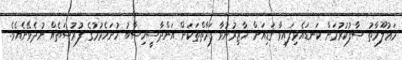
މަޢުލޫމާތު ސާފުކުރުމަށް ކަނޑައެޅިފައިވާ ގަޑިއަށް ހާޒިރުނުވާ ފަރާތްތަކަށް އަންދާސީހިސާބު ހުށަހެޅުމުގެ ފުރުޞަތެއް ނުދެވޭނެއެވެ.